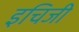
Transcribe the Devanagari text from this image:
इचिजी